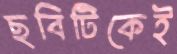
ছবিটিকেই